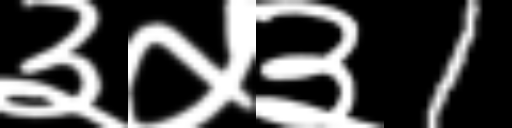
Text: ३५३1